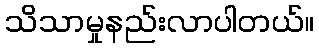
သိသာမှုနည်းလာပါတယ်။